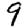
Digit: 9